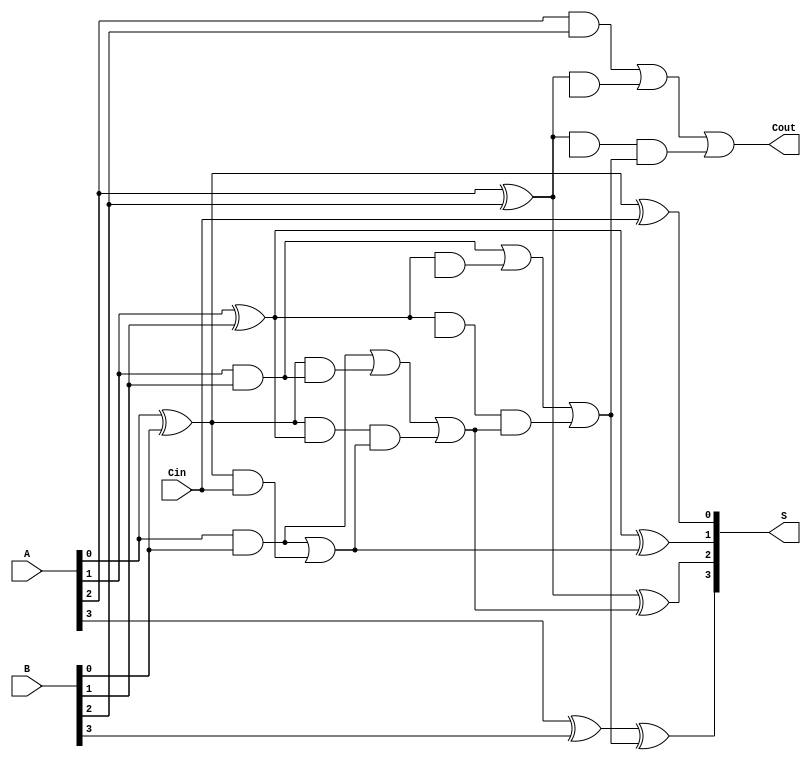
module ParallelPrefixAdder #(
    parameter n = 4 // Bit-width of the adder
)(
    input [n-1:0] A,      // First operand
    input [n-1:0] B,      // Second operand
    input Cin,            // Carry-in
    output [n-1:0] S,     // Sum output
    output Cout           // Carry-out
);

    // Generate and Propagate signals
    wire [n-1:0] G; // Generate signals
    wire [n-1:0] P; // Propagate signals
    wire [n:0] C;    // Carry-out signals

    // Generate and Propagate computations
    genvar i;
    generate
        for (i = 0; i < n; i = i + 1) begin : gen_and_prop
            assign G[i] = A[i] & B[i];      // Generate
            assign P[i] = A[i] ^ B[i];      // Propagate
        end
    endgenerate

    // Carry signals, Kogge-Stone structure
    assign C[0] = Cin; // Initial carry-in

    // Kogge-Stone prefix computation
    generate
        for (i = 0; i < n; i = i + 1) begin : carry_computation
            wire [i:0] g_temp;
            wire [i:0] p_temp;

            // Generate intermediate carry signals
            assign g_temp[0] = G[i];
            assign p_temp[0] = P[i];

            // Calculate carry for each bit position
            if (i > 0) begin
                assign g_temp[i] = G[i-1] | (P[i-1] & g_temp[i-1]);
                assign p_temp[i] = P[i-1] & p_temp[i-1];
            end
            
            assign C[i+1] = g_temp[i] | (p_temp[i] & C[i]); // Final carry
        end
    endgenerate

    // Sum calculation
    generate
        for (i = 0; i < n; i = i + 1) begin: sum_computation
            assign S[i] = P[i] ^ C[i]; // Final sum
        end
    endgenerate

    // Final carry-out
    assign Cout = C[n];

endmodule